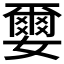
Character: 𫲅